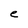
Character: e